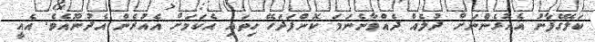
ކަލޭގެފާނު އެއުރެންނަށް ދުލެއް ދެއްވާނެނަމަ ކޮންފަދަހޭ ހިތައި އެކަމަށް އެއުރެން އެދުނޫއެވެ. އެއީ